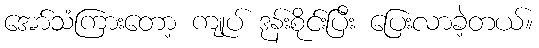
အော်သံကြားတော့ ကျုပ် ဒုန်းစိုင်းပြီး ပြေးလာခဲ့တယ်။